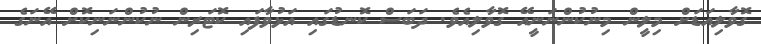
ގޮވާލިއަޑަށް މިލީން މިނުކުންނަނީއޭ ގޮވާލިއެވެ. ދަބަސް ކޮނޑުގައި އަޅުވާފައި ކޮޓަރިން ނުކުންނަނިކޮށް އޭނަގެ